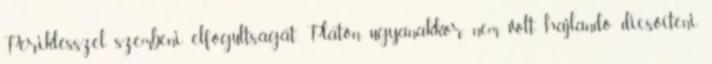
Periklésszel szembeni elfogultságát. Platón ugyanakkor nem volt hajlandó dicsőíteni